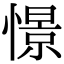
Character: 憬